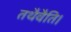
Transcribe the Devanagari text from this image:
तथैवैति।